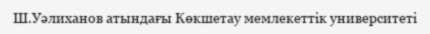
Ш.Уәлиханов атындағы Көкшетау мемлекеттік университеті